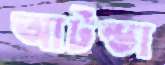
আটন্ডা